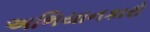
અભિયાનકારો